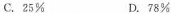
C.25\% D.78\%